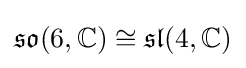
{\mathfrak {so}}(6,\mathbb {C} )\cong {\mathfrak {sl}}(4,\mathbb {C} )